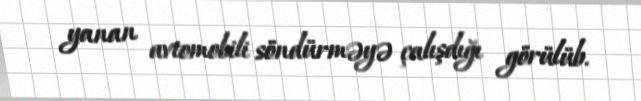
yanan avtomobili söndürməyə çalışdığı görülüb.